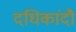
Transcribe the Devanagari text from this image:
दधिकांदौ